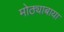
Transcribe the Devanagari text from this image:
मोठ्याबाया